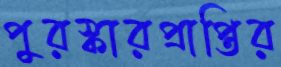
পুরস্কারপ্রাপ্তির